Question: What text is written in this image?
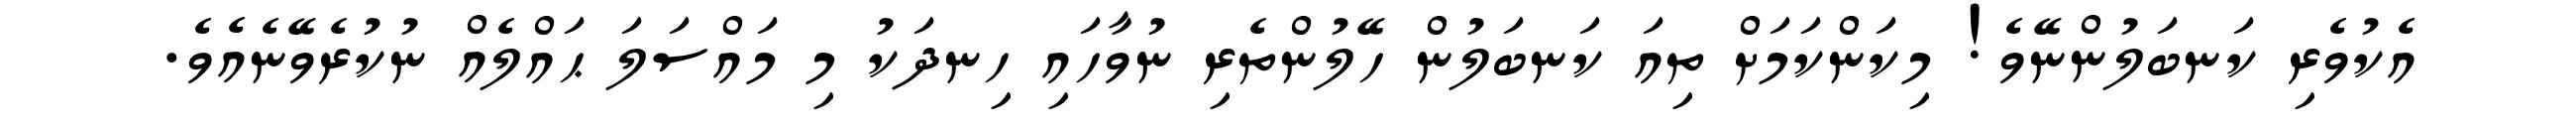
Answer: އެކުވެރި ކަނބަލުންނޭވެ! މިކަންކަމަށް ތިއަ ކަނބަލުން ހޭލުންތެރި ނުވާހައި ހިނދަކު މި މައްސަލަ ޙައްލެއް ނުކުރެވޭނެއެވެ.